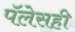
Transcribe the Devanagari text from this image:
पॅलेसही